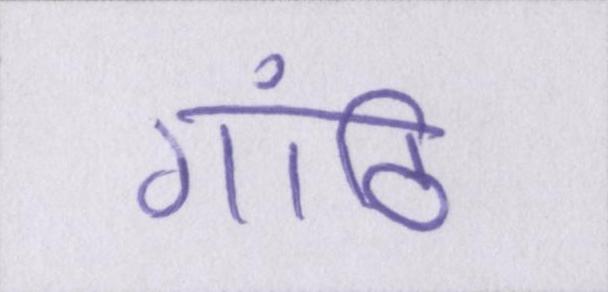
गांठि